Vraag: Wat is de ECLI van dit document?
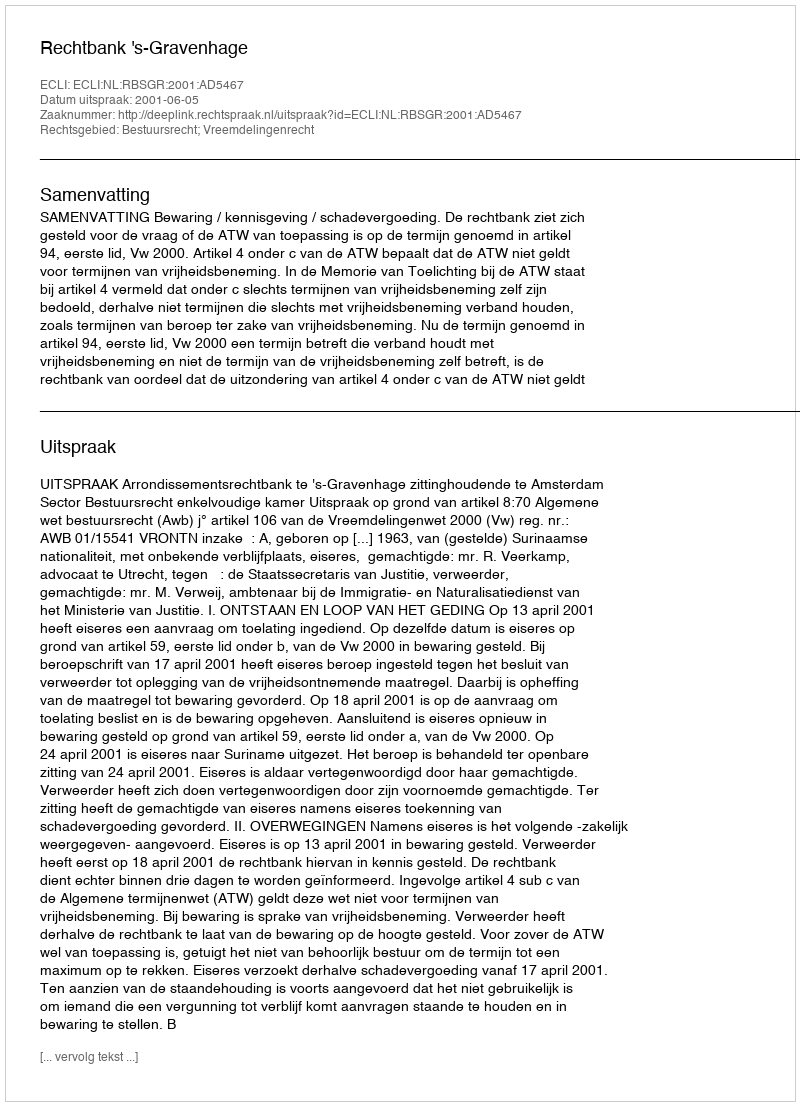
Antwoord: ECLI:NL:RBSGR:2001:AD5467